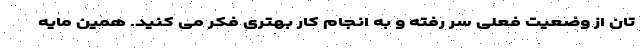
تان از وضعیت فعلی سر رفته و به انجام کار بهتری فکر می کنید. همین مایه